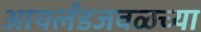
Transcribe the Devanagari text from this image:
आयर्लंडजवळच्या